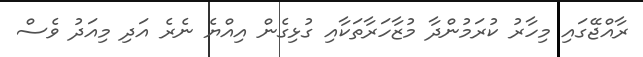
ރާއްޖޭގައި މިހާރު ކުރަމުންދާ މުޒާހަރާތަކާއި ގުޅިގެން އިއްޔެ ނެރެ އަދި މިއަދު ވެސް